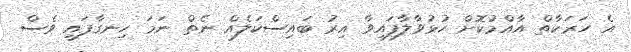
އެ ހަރަކާތް އާއްމުކޮށް ހުޅުވާލާފައިވާ އިރު ބައިސްކަލެއް ނެތް ނަމަ ހިނގާފައި ވެސް